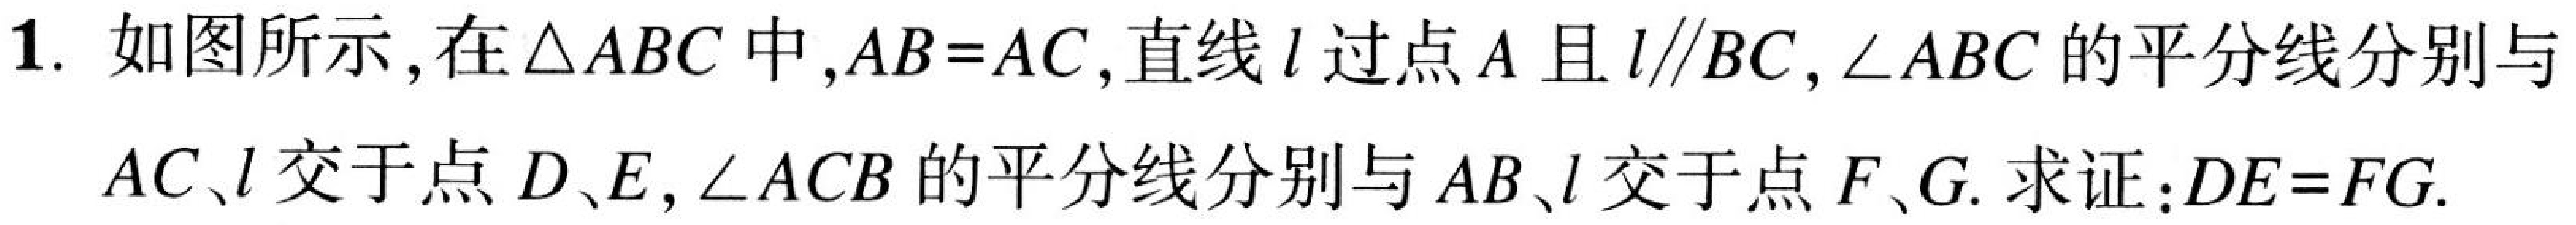
1. 如图所示，在\(\triangle ABC\)中，\(AB = AC\)，直线\(l\)过点\(A\)且\(l\parallel BC\)，\(\angle ABC\)的平分线分别与\(AC\)、\(l\)交于点\(D\)、\(E\)，\(\angle ACB\)的平分线分别与\(AB\)、\(l\)交于点\(F\)、\(G\). 求证：\(DE = FG\).